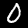
Digit: 0